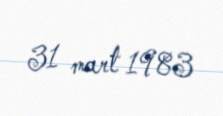
31 mart 1983